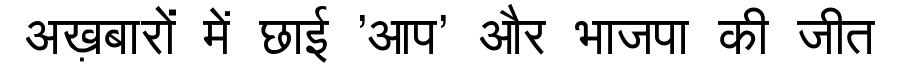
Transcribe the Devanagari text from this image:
अख़बारों में छाई 'आप' और भाजपा की जीत